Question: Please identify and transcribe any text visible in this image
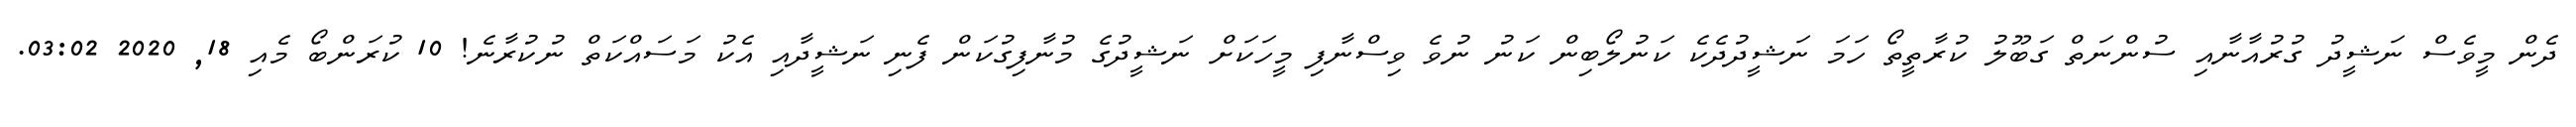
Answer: ދެން މީވެސް ނަޝީދު ގުރުއާނާއި ސުންނަތް ގަބޫލު ކުރާތީތޯ ހަމަ ނަޝީދުދެކެ ކަނުލޯބިން ކަނު ނުވެ ވިސްނާފި މީހަކަށް ނަޝީދުގެ މުނާފިގުކަން ފެނި ނަޝީދާއި އެކު މަސައްކަތް ނުކުރާނެ! 10 ކުރަންބޯ މެއި 18, 2020 03:02.